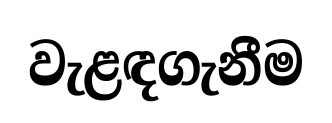
වැළඳගැනීම